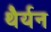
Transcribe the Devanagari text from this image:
थैर्यन